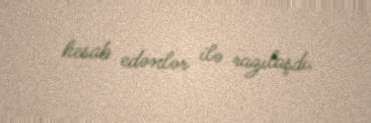
hesab edənlər ilə razılaşdı.